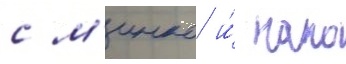
с м'инко и́ нако